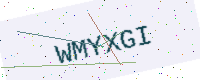
Text: WMYXGI